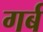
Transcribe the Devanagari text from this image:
गर्ब